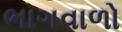
ભાગવાળો